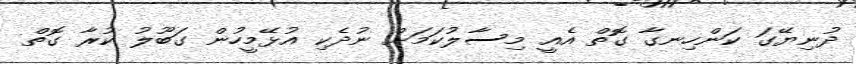
ދުނިޔޭގަ ކަންހިނގާ ގޮތް އެއީ މިސާލުކަމަށް ނުދެކި އުޅޭމީހުން ގަބޫލު ކުރާ ގޮތް